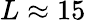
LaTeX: L\approx 15